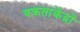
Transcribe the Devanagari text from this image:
वक्रताकेंद्रों